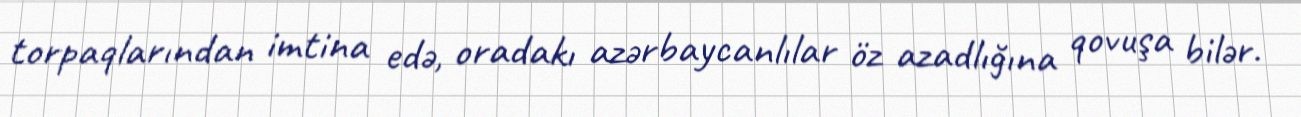
torpaqlarından imtina edə, oradakı azərbaycanlılar öz azadlığına qovuşa bilər.